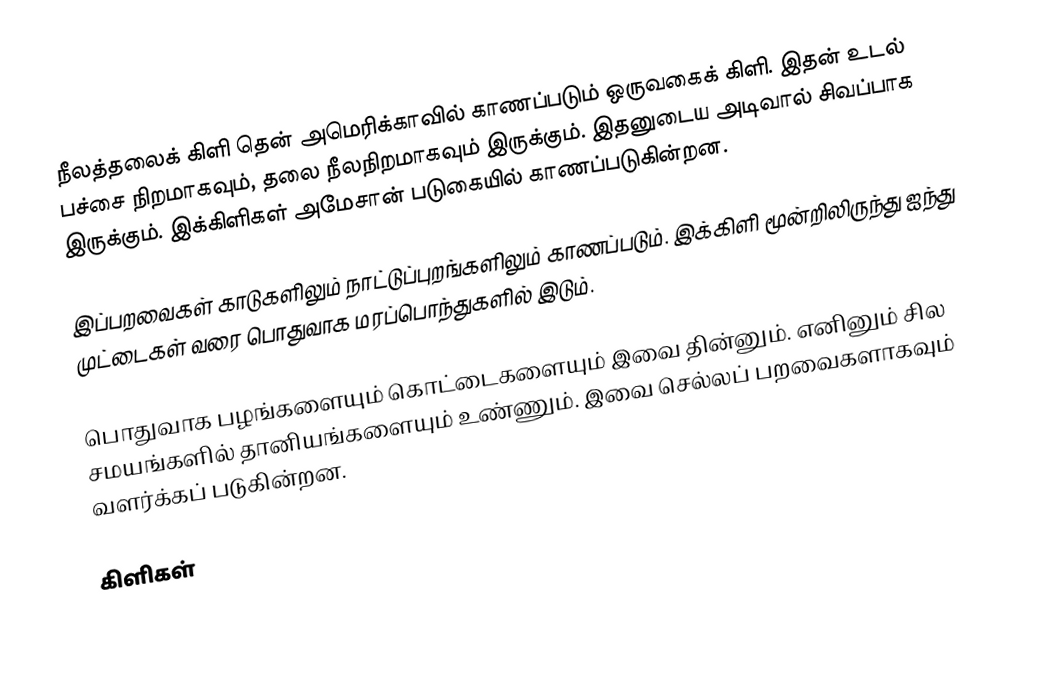
நீலத்தலைக் கிளி தென் அமெரிக்காவில் காணப்படும் ஒருவகைக் கிளி. இதன் உடல் பச்சை நிறமாகவும், தலை நீலநிறமாகவும் இருக்கும். இதனுடைய அடிவால் சிவப்பாக இருக்கும். இக்கிளிகள் அமேசான் படுகையில் காணப்படுகின்றன.

இப்பறவைகள் காடுகளிலும் நாட்டுப்புறங்களிலும் காணப்படும். இக்கிளி மூன்றிலிருந்து ஐந்து முட்டைகள் வரை பொதுவாக மரப்பொந்துகளில் இடும்.

பொதுவாக பழங்களையும் கொட்டைகளையும் இவை தின்னும். எனினும் சில சமயங்களில் தானியங்களையும் உண்ணும். இவை செல்லப் பறவைகளாகவும் வளர்க்கப் படுகின்றன.

கிளிகள்